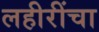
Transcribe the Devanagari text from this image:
लहीरींचा